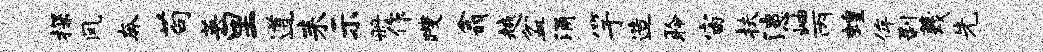
探风奔苟英里道耒示册作躞翕越盆涌竽造聆宙扶漶岫丙蝗侔剥蔑先